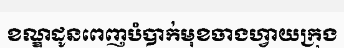
ខណ្ឌដូនពេញបំបាក់មុខចាងហ្វាយក្រុង